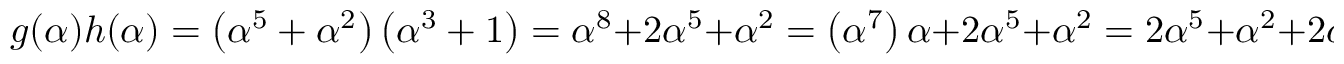
g ( \alpha ) h ( \alpha ) = \left( \alpha ^ { 5 } + \alpha ^ { 2 } \right) \left( \alpha ^ { 3 } + 1 \right) = \alpha ^ { 8 } + 2 \alpha ^ { 5 } + \alpha ^ { 2 } = \left( \alpha ^ { 7 } \right) \alpha + 2 \alpha ^ { 5 } + \alpha ^ { 2 } = 2 \alpha ^ { 5 } + \alpha ^ { 2 } + 2 \alpha .